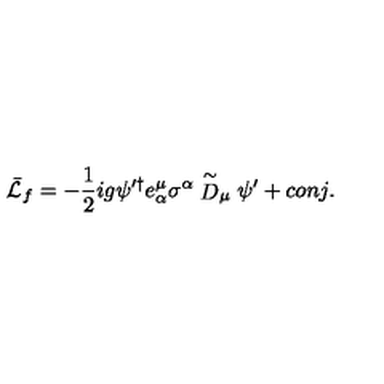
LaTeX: \bar { \cal L } _ { f } = - { \frac { 1 } { 2 } } i g \psi ^ { \prime \dagger } e _ { \alpha } ^ { \mu } \sigma ^ { \alpha } \stackrel { \sim } { D } _ { \mu } \psi ^ { \prime } + c o n j .